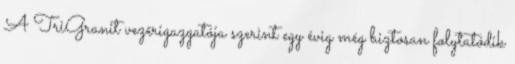
A TriGranit vezérigazgatója szerint egy évig még biztosan folytatódik